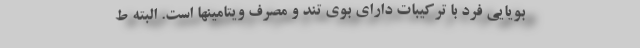
بویایی فرد با ترکیبات دارای بوی تند و مصرف ویتامینها است. البته ط